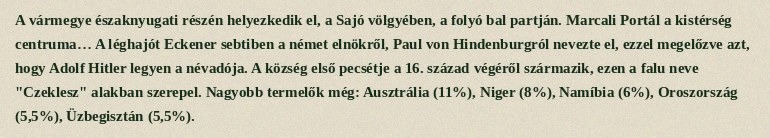
A vármegye északnyugati részén helyezkedik el, a Sajó völgyében, a folyó bal partján. Marcali Portál a kistérség centruma… A léghajót Eckener sebtiben a német elnökről, Paul von Hindenburgról nevezte el, ezzel megelőzve azt, hogy Adolf Hitler legyen a névadója. A község első pecsétje a 16. század végéről származik, ezen a falu neve "Czeklesz" alakban szerepel. Nagyobb termelők még: Ausztrália (11%), Niger (8%), Namíbia (6%), Oroszország (5,5%), Üzbegisztán (5,5%).